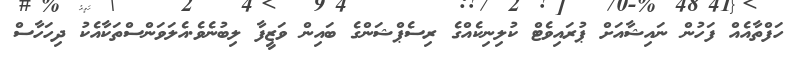
ހަފްތާއެއް ފަހުން ނައިޝާއަށް ޕުރައިވެޓް ކުލިނިކެއްގެ ރިސެޕްޝަންގެ ބައިން ވަޒީފާ ލިބުނެވެ.އެލަވަންސްތަކާއެކު ދިހަހާސް